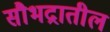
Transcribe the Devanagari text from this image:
सौभद्रातील